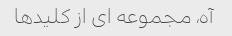
آه، مجموعه ای از کلیدها